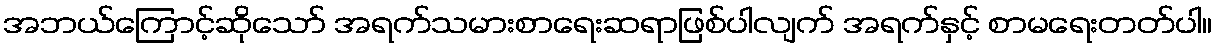
အဘယ်ကြောင့်ဆိုသော် အရက်သမားစာရေးဆရာဖြစ်ပါလျက် အရက်နှင့် စာမရေးတတ်ပါ။